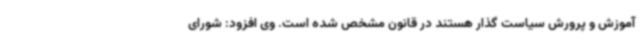
آموزش و پرورش سیاست گذار هستند در قانون مشخص شده است. وی افزود: شورای